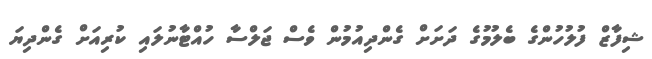
ޝިފާޒް ފުލުހުންގެ ބެލުމުގެ ދަށަށް ގެންދިއުމުން ވެސް ޖަލްސާ ހުއްޓާނުލައި ކުރިއަށް ގެންދިޔަ